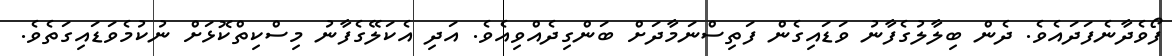
ފޯވެދާނެފަދައެވެ. ދެން ބިލާލުގެފާނު ވަޑައިގެން ފަތިސްނަމާދަށް ބަންގިދެއްވިއެވެ. އަދި އެކަލޭގެފާނު މިސްކިތްކޮޅަށް ނުކުމެވަޑައިގަތެވެ.